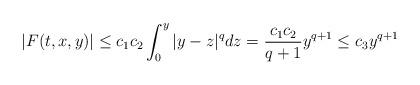
LaTeX: \begin{align*} |F(t,x,y)|\leq c_1c_2\int_{0}^{y}|y-z|^qdz=\frac{c_1c_2}{q+1} y^{q+1} \le c_3y^{q+1} \end{align*}